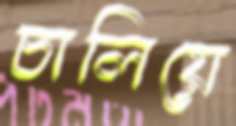
চালিয়ে